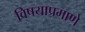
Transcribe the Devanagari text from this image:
विषयाप्रमाणे